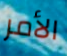
الأمر